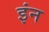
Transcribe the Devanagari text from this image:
इंन